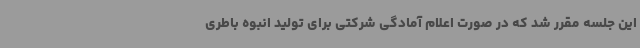
این جلسه مقرر شد که در صورت اعلام آمادگی شرکتی برای تولید انبوه باطری